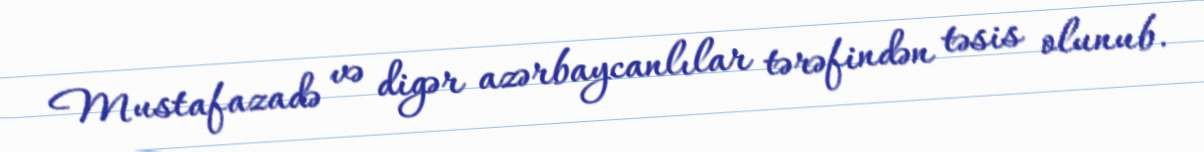
Mustafazadə və digər azərbaycanlılar tərəfindən təsis olunub.